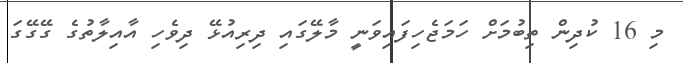
މި 16 ކުދިން ތިބުމަށް ހަމަޖެހިފައިވަނީ މާލޭގައި ދިރިއުޅޭ ދިވެހި އާއިލާތުގެ ގޭގޭގަ